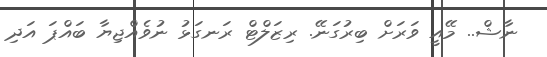
ނާޝް.. މޭއީ ވަރަށް ބިރުގަނޭ. ރިޒަލްޓް ރަނގަޅު ނުވެއްޖިޔާ ބައްޕަ އަދި